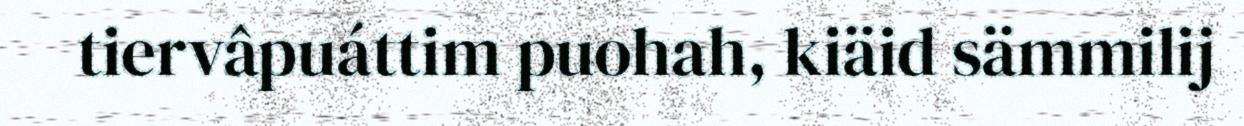
tiervâpuáttim puohah, kiäid sämmilij